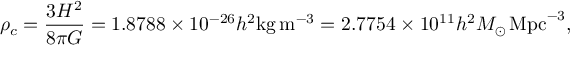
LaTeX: \rho _ { c } = { \frac { 3 H ^ { 2 } } { 8 \pi G } } = 1 . 8 7 8 8 \times 1 0 ^ { - 2 6 } h ^ { 2 } \mathrm { { k g } } \, \mathrm { { m } } ^ { - 3 } = 2 . 7 7 5 4 \times 1 0 ^ { 1 1 } h ^ { 2 } M _ { \odot } \, \mathrm { { M p c } } ^ { - 3 } ,